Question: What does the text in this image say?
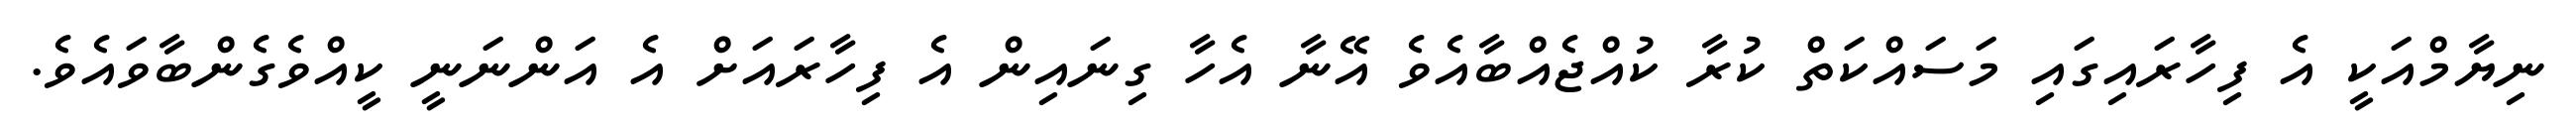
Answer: ނިޔާމްއަކީ އެ ފިހާރައިގައި މަސައްކަތް ކުރާ ކުއްޖެއްބާއެވެ އޭނާ އެހާ ގިނައިން އެ ފިހާރައަށް އެ އަންނަނީ ކީއްވެގެންބާވައެވެ.